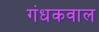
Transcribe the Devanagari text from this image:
गंधकवाल